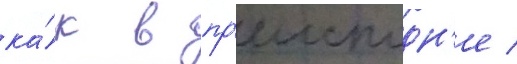
ка́к в пр'еисподн'е /